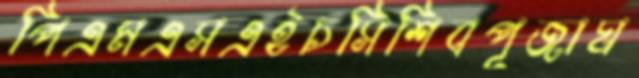
পিএমএসএইচসিশিবপূজাঘ